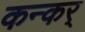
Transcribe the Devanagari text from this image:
कन्कर्